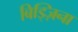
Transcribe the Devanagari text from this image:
बिड्ज़िना